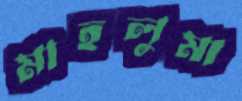
মাহলুমা